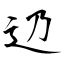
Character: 辸